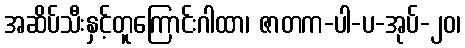
အဆိပ်သီးနှင့်တူကြောင်းဂါထာ၊ ဇာတက-ပါ-ပ-အုပ်-၂၀၊